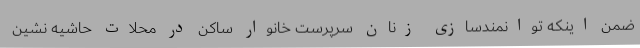
ضمن اینکه توانمندسازی زنان سرپرست خانوار ساکن در محلات حاشیه نشین